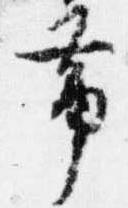
帯